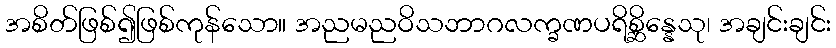
အစိတ်ဖြစ်၍ဖြစ်ကုန်သော။ အညမညဝိသဘာဂလက္ခဏပရိစ္ဆိန္နေသု၊ အချင်းချင်း